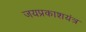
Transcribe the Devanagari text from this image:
जयप्रकाशयंत्र